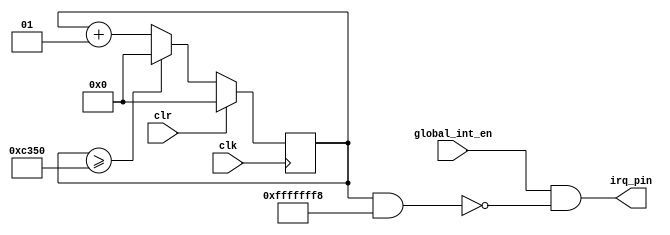
module timer_device (
    input clr,
    input clk,
    input global_int_en,
    output irq_pin
);

integer i;
integer inner_sys_time = 0;
parameter MS1 = 50000, US10 = 500;
assign irq_pin = global_int_en && ((i&32'hfffffff8)==32'h0);
always @(posedge clk) begin
    if(clr) begin
        i <= 0;
    end else begin
        if(i >= MS1) begin
            i <= 0;
            inner_sys_time <= inner_sys_time + 1;
        end else begin
            i <= i + 1;
        end
    end
end
    
endmodule